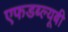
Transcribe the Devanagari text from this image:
एफडब्ल्यूबी